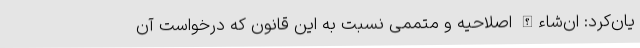
یان‌کرد: ان‌شاءالله اصلاحیه و متممی نسبت به این قانون که درخواست آن